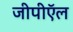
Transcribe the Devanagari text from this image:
जीपीऍल